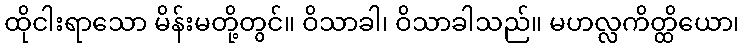
ထိုငါးရာသော မိန်းမတို့တွင်။ ဝိသာခါ၊ ဝိသာခါသည်။ မဟလ္လကိတ္ထိယော၊